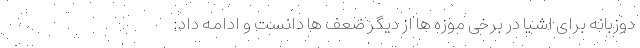
دوزبانه برای اشیا در برخی موزه ها از دیگر ضعف ها دانست و ادامه داد: